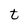
Character: t